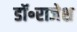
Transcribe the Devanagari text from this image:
डॉ॰राजेश